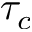
\tau _ { c }